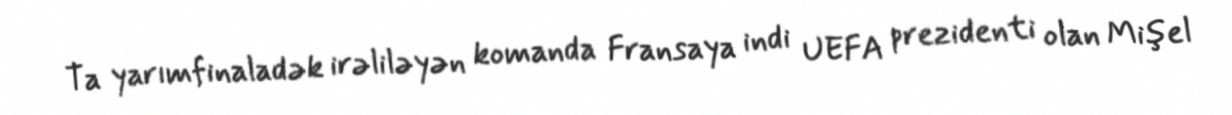
Ta yarımfinaladək irəliləyən komanda Fransaya indi UEFA prezidenti olan Mişel